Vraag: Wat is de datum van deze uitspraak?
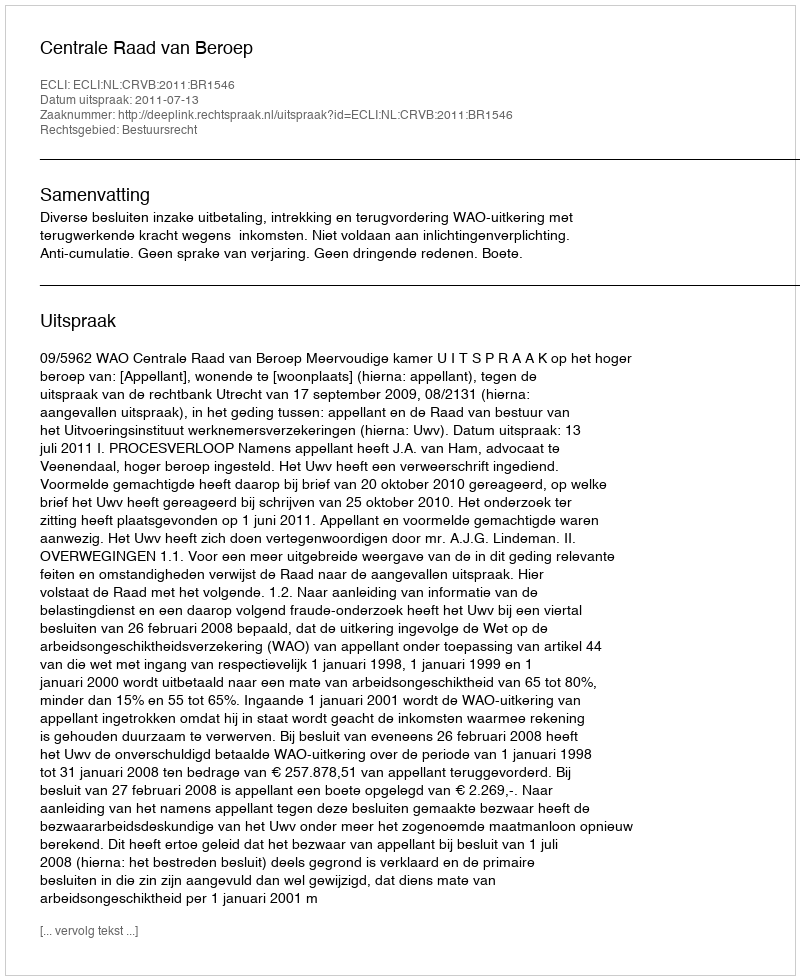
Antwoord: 2011-07-13